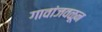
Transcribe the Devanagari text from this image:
गावांजवळून